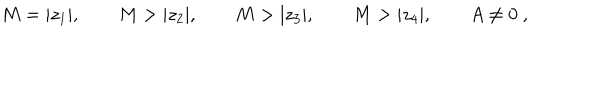
M = | z _ { 1 } | , \qquad M > | z _ { 2 } | , \qquad M > | z _ { 3 } | , \qquad M > | z _ { 4 } | , \qquad A \neq 0 \ ,